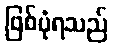
ဖြစ်ပုံရသည်